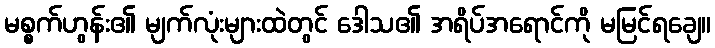
မစ္စက်ဟွန်း၏ မျက်လုံးများထဲတွင် ဒေါသ၏ အရိပ်အရောင်ကို မမြင်ရချေ။